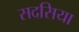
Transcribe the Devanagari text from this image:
सदसिया